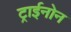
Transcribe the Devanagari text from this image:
ट्राईनोन